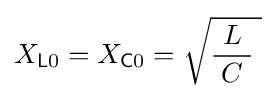
X_{{\mathsf {L}}0}=X_{{\mathsf {C}}0}={\sqrt {{\frac {\ L\ }{C}}\;}}